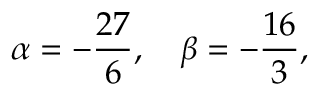
\alpha = - \frac { 2 7 } { 6 } , \quad \beta = - \frac { 1 6 } { 3 } ,